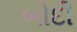
બોદી